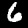
Label: 6